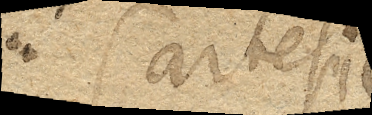
Cartesii